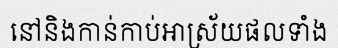
នៅនិងកាន់កាប់អាស្រ័យផលទាំង